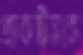
প্র্যাকটিসকে